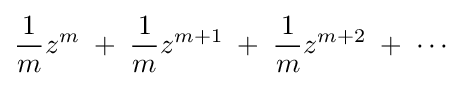
{\frac {1}{m}}z^{m}\;+\;{\frac {1}{m}}z^{m+1}\;+\;{\frac {1}{m}}z^{m+2}\;+\;\cdots